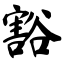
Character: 豁